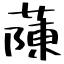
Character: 蔯